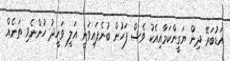
އަޑުބަރޭ ދިން ޔަގީންކަމާއިއެކު ވެސް ފަހުން ބުނެފައިވަނީ އަލީ ވަހީދު ހުންނެވި ތަނެއް